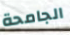
الجامحة